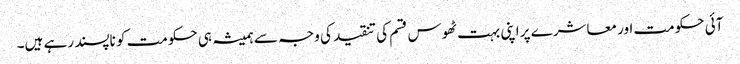
آئی حکومت اور معاشرے پر اپنی بہت ٹھوس قسم کی تنقید کی وجہ سے ہمیشہ ہی حکومت کو ناپسند رہے ہیں۔